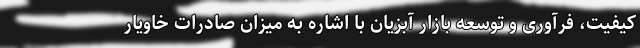
کیفیت، فرآوری و توسعه بازار آبزیان با اشاره به میزان صادرات خاویار